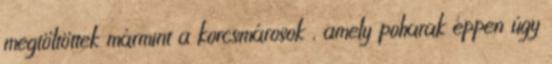
megtöltöttek mármint a korcsmárosok , amely poharak éppen úgy